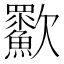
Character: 㱎